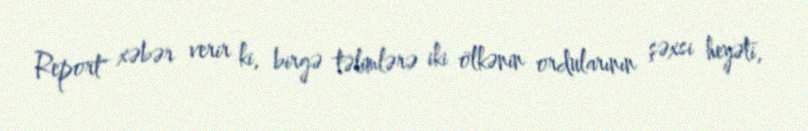
Report" xəbər verir ki, birgə təlimlərə iki ölkənin ordularının şəxsi heyəti,